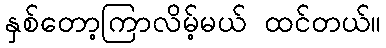
နှစ်တော့ကြာလိမ့်မယ် ထင်တယ်။